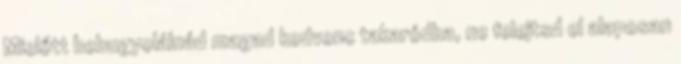
Mielőtt bebugyolálnád magad kedvenc takaródba, ne felejtsd el alaposan